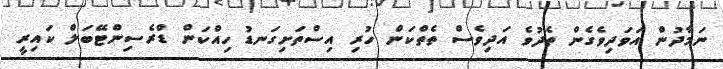
ނަމާދުން އަވަދިވެގެން ތެދުވެ އަދިވެސް ތެތްކަން ހުރި އިސްތަށިގަނޑު ހިއްކަން ޑްރެސިންޓޭބަލް ކައިރީ